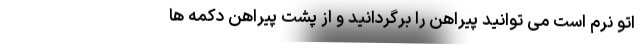
اتو نرم است می توانید پیراهن را برگردانید و از پشت پیراهن دکمه ها